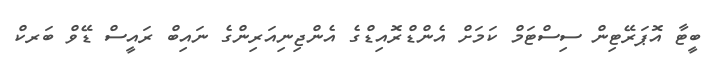
ބީޓާ އޮޕަރޭޓިން ސިސްޓަމް ކަމަށް އެންޑްރޮއިޑްގެ އެންޖިނިއަރިންގެ ނައިބް ރައީސް ޑޭވް ބަރކް